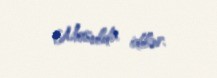
Mosulda idilər.